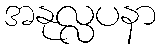
အနုလ္လပနာ